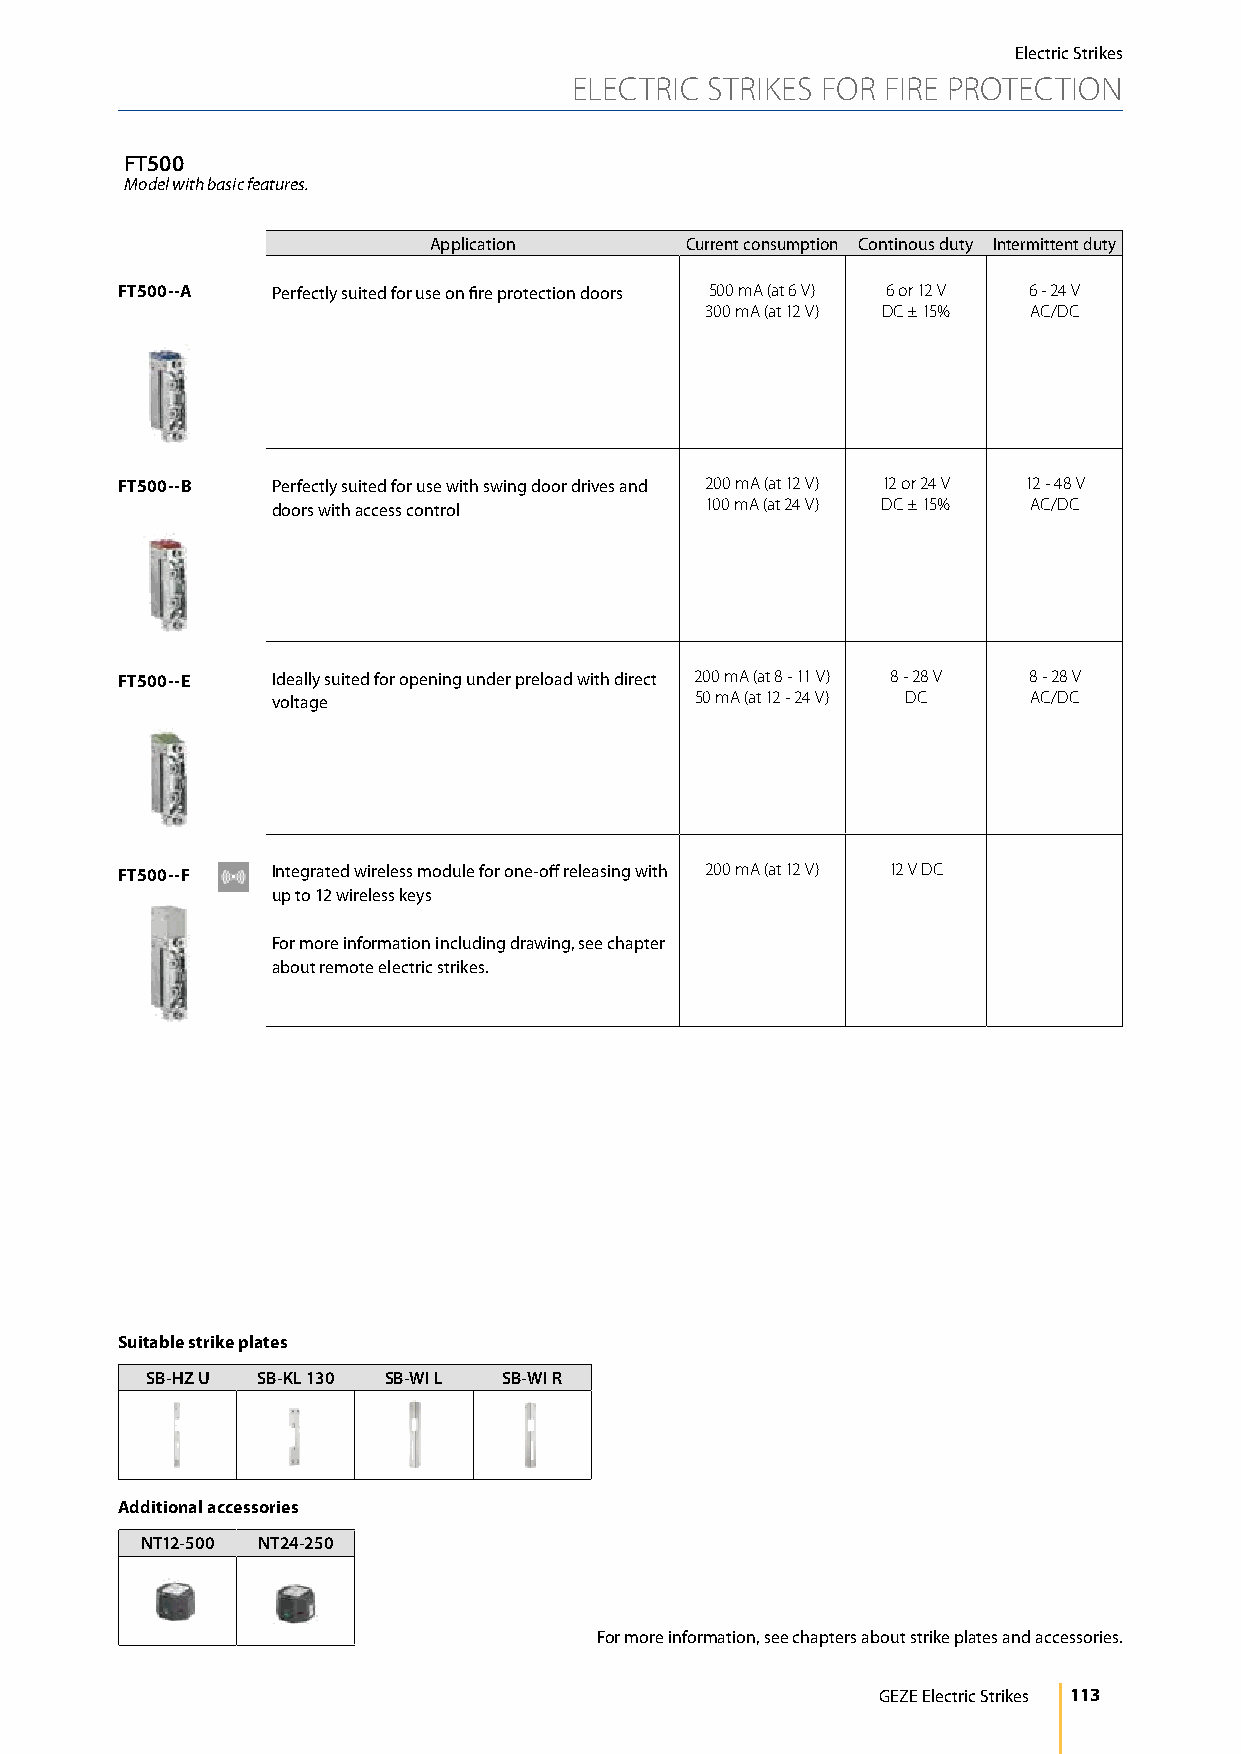
Electric Strikes
 ELECTRIC STRIKES FOR FIRE PROTECTION
 FT500
 Model with basic features.
 Application      Current consumption Continous duty Intermittent duty
 FT500--A  Perfectly suited for use on fire protection doors 500 mA (at 6 V) 6 or 12 V 6 - 24 V
 300 mA (at 12 V) DC ± 15% AC/DC
 FT500--B  Perfectly suited for use with swing door drives and 200 mA (at 12 V) 12 or 24 V 12 - 48 V
 doors with access control    100 mA (at 24 V) DC ± 15% AC/DC
 FT500--E  Ideally suited for opening under preload with direct 200 mA (at 8 - 11 V) 8 - 28 V 8 - 28 V
 voltage                     50 mA (at 12 - 24 V) DC AC/DC
 FT500--F  Integrated wireless module for one-off releasing with 200 mA (at 12 V) 12 V DC
 up to 12 wireless keys
 For more information including drawing, see chapter
 about remote electric strikes.
 Suitable strike plates
 SB-HZ U SB-KL 130 SB-WI L SB-WI R
 Additional accessories
 NT12-500 NT24-250
 For more information, see chapters about strike plates and accessories.
 GEZE Electric Strikes 113